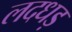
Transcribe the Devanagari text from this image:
लदधड़